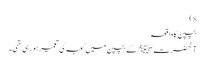
8)
بچپن کا واقعہ
آنحضرت ﷺ کے بچپن میں کعبہ کی تعمیر ہو رہی تھی۔